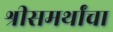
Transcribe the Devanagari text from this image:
श्रीसमर्थांचा